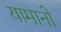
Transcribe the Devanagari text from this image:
यामानो